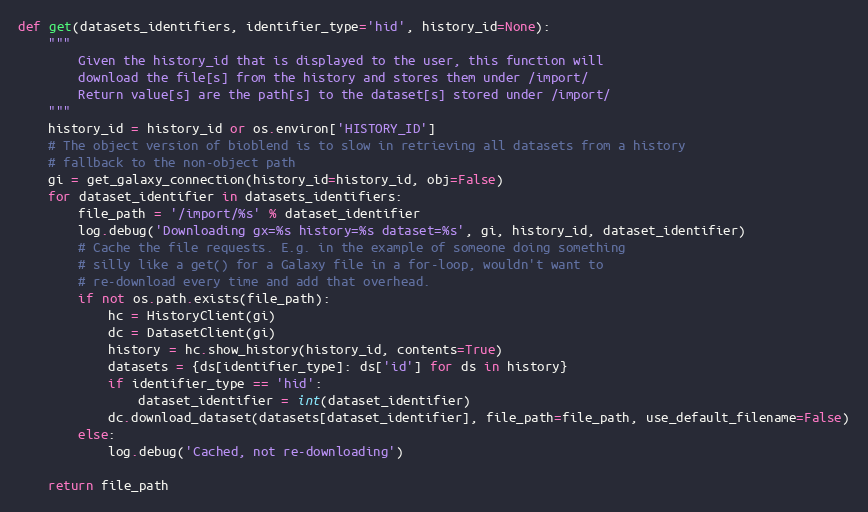
Language: Python
def get(datasets_identifiers, identifier_type='hid', history_id=None):
    """
        Given the history_id that is displayed to the user, this function will
        download the file[s] from the history and stores them under /import/
        Return value[s] are the path[s] to the dataset[s] stored under /import/
    """
    history_id = history_id or os.environ['HISTORY_ID']
    # The object version of bioblend is to slow in retrieving all datasets from a history
    # fallback to the non-object path
    gi = get_galaxy_connection(history_id=history_id, obj=False)
    for dataset_identifier in datasets_identifiers:
        file_path = '/import/%s' % dataset_identifier
        log.debug('Downloading gx=%s history=%s dataset=%s', gi, history_id, dataset_identifier)
        # Cache the file requests. E.g. in the example of someone doing something
        # silly like a get() for a Galaxy file in a for-loop, wouldn't want to
        # re-download every time and add that overhead.
        if not os.path.exists(file_path):
            hc = HistoryClient(gi)
            dc = DatasetClient(gi)
            history = hc.show_history(history_id, contents=True)
            datasets = {ds[identifier_type]: ds['id'] for ds in history}
            if identifier_type == 'hid':
                dataset_identifier = int(dataset_identifier)
            dc.download_dataset(datasets[dataset_identifier], file_path=file_path, use_default_filename=False)
        else:
            log.debug('Cached, not re-downloading')

    return file_path